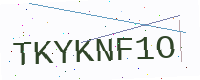
Text: TKYKNF1O